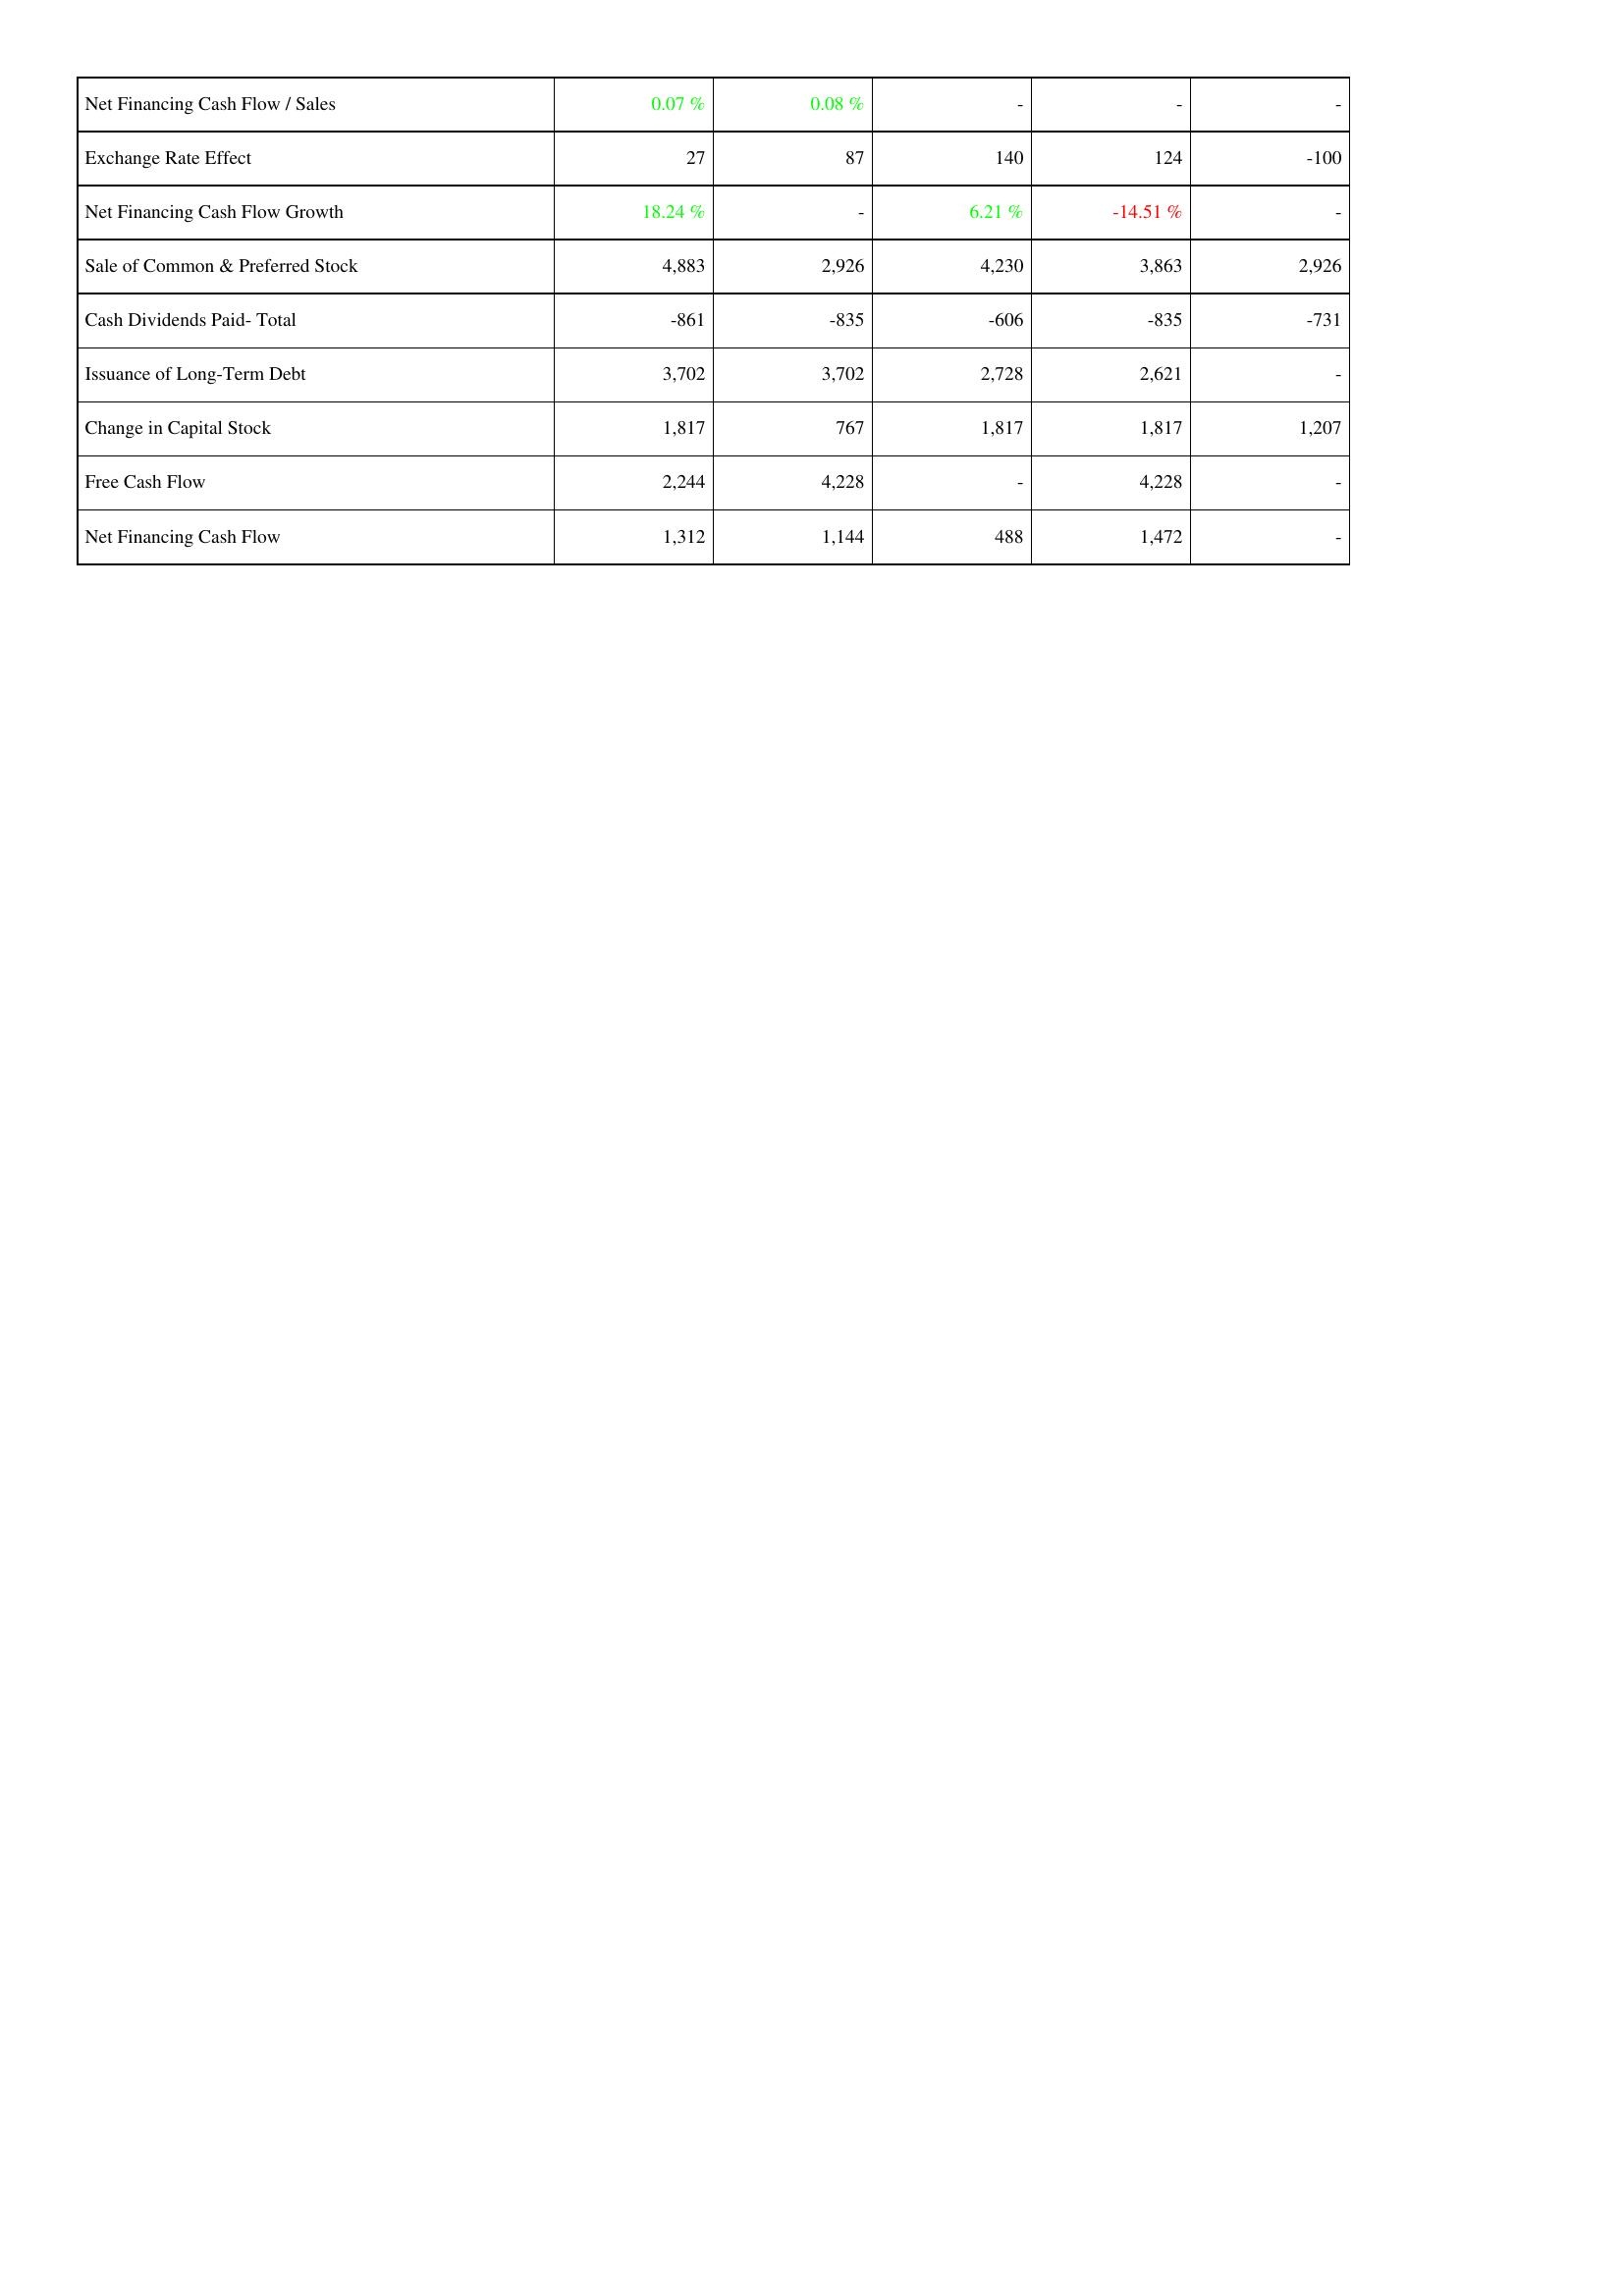
2008: Financing Activities: Net Financing Cash Flow / Sales: 0.07 %
Exchange Rate Effect: 27
Net Financing Cash Flow Growth: 18.24 %
Sale of Common & Preferred Stock: 4,883
Cash Dividends Paid- Total: -861
Issuance of Long-Term Debt: 3,702
Change in Capital Stock: 1,817
Free Cash Flow: 2,244
Net Financing Cash Flow: 1,312
2009: Financing Activities: Net Financing Cash Flow / Sales: 0.08 %
Exchange Rate Effect: 87
Net Financing Cash Flow Growth: -
Sale of Common & Preferred Stock: 2,926
Cash Dividends Paid- Total: -835
Issuance of Long-Term Debt: 3,702
Change in Capital Stock: 767
Free Cash Flow: 4,228
Net Financing Cash Flow: 1,144
2010: Financing Activities: Net Financing Cash Flow / Sales: -
Exchange Rate Effect: 140
Net Financing Cash Flow Growth: 6.21 %
Sale of Common & Preferred Stock: 4,230
Cash Dividends Paid- Total: -606
Issuance of Long-Term Debt: 2,728
Change in Capital Stock: 1,817
Free Cash Flow: -
Net Financing Cash Flow: 488
2011: Financing Activities: Net Financing Cash Flow / Sales: -
Exchange Rate Effect: 124
Net Financing Cash Flow Growth: -14.51 %
Sale of Common & Preferred Stock: 3,863
Cash Dividends Paid- Total: -835
Issuance of Long-Term Debt: 2,621
Change in Capital Stock: 1,817
Free Cash Flow: 4,228
Net Financing Cash Flow: 1,472
2012: Financing Activities: Net Financing Cash Flow / Sales: -
Exchange Rate Effect: -100
Net Financing Cash Flow Growth: -
Sale of Common & Preferred Stock: 2,926
Cash Dividends Paid- Total: -731
Issuance of Long-Term Debt: -
Change in Capital Stock: 1,207
Free Cash Flow: -
Net Financing Cash Flow: -